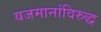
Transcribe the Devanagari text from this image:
यजमानांविरुद्ध